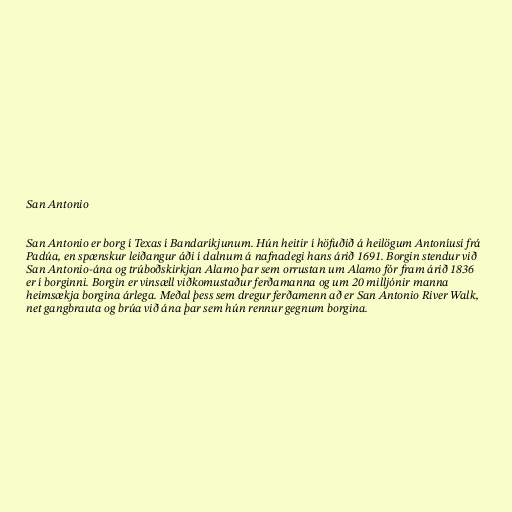
San Antonio

San Antonio er borg í Texas í Bandaríkjunum. Hún heitir í höfuðið á heilögum Antoníusi frá
Padúa, en spænskur leiðangur áði í dalnum á nafnadegi hans árið 1691. Borgin stendur við
San Antonio-ána og trúboðskirkjan Alamo þar sem orrustan um Alamo fór fram árið 1836
er í borginni. Borgin er vinsæll viðkomustaður ferðamanna og um 20 milljónir manna
heimsækja borgina árlega. Meðal þess sem dregur ferðamenn að er San Antonio River Walk,
net gangbrauta og brúa við ána þar sem hún rennur gegnum borgina.